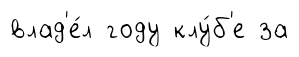
влад'е́л году клу́б'е за